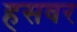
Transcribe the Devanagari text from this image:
हसवर